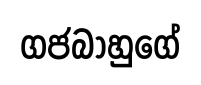
ගජබාහුගේ